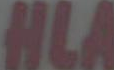
HLA